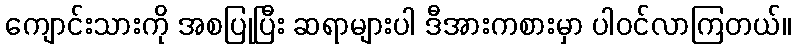
ကျောင်းသားကို အစပြုပြီး ဆရာများပါ ဒီအားကစားမှာ ပါဝင်လာကြတယ်။